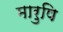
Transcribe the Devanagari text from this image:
मारुषि